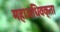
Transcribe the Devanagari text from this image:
महाअधिवक्ता